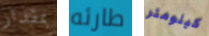
بمقدار طارئه كيلومتر